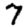
Digit: 7